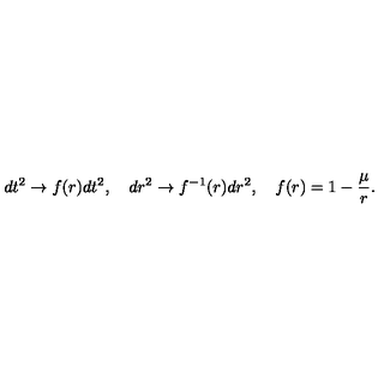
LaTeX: d t ^ { 2 } \to f ( r ) d t ^ { 2 } , \quad d r ^ { 2 } \to f ^ { - 1 } ( r ) d r ^ { 2 } , \quad f ( r ) = 1 - \frac { \mu } { r } .